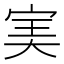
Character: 𡨒